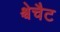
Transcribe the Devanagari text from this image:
श्चेचैट